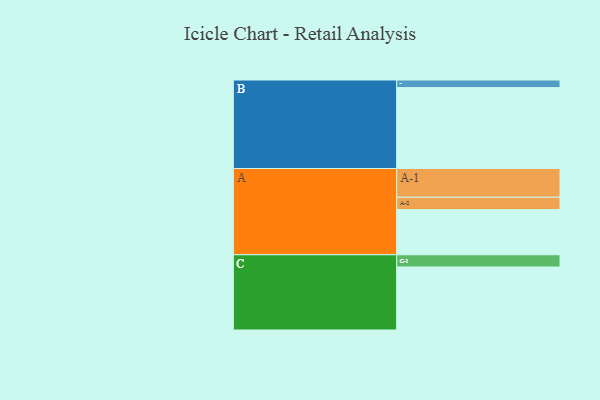
{"axis": {"x": "Segment", "y": "Value"}, "legend": ["", "A", "B", "C"], "data": [{"x": "A", "y": 303, "type": ""}, {"x": "B", "y": 543, "type": ""}, {"x": "C", "y": 423, "type": ""}, {"x": "A-1", "y": 193, "type": "A"}, {"x": "A-2", "y": 83, "type": "A"}, {"x": "B-1", "y": 51, "type": "B"}, {"x": "C-1", "y": 82, "type": "C"}]}